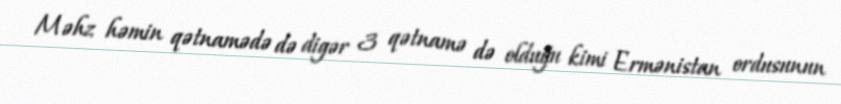
Məhz həmin qətnamədə də digər 3 qətnamə də olduğu kimi Ermənistan ordusunun